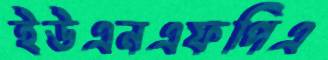
ইউএনএফপিএ